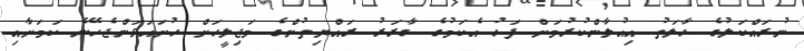
ނުރައްކަލުގެ ހާލަތު އިއުލާންކުރުމަށް ފަހު އެކަމުގެ ގާރަރު ރައްޔިތުންގެ މަޖިލީހަށް ހުށައަޅަންޖެހޭނެ ކަމަށާއި